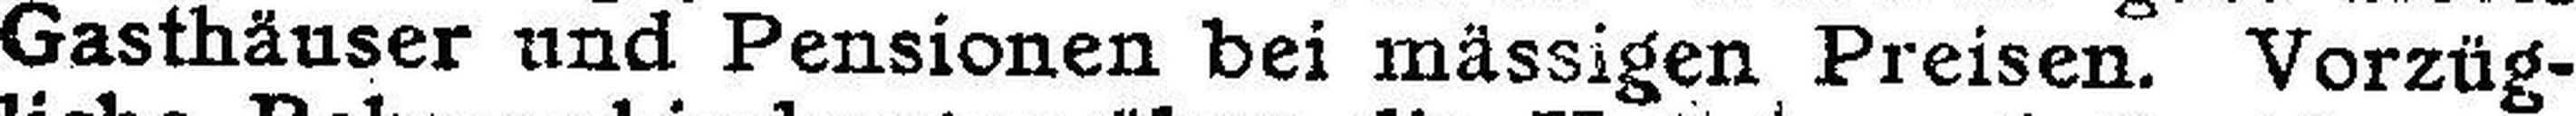
Gasthäuser und Pensionen bei mässigen Preisen. Vorzüg¬